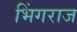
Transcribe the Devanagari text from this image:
भिंगराज